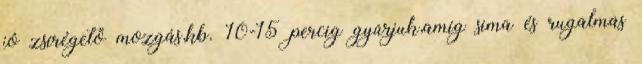
jó zsírégető mozgás,kb. 10-15 percig gyúrjuk,amíg sima és rugalmas